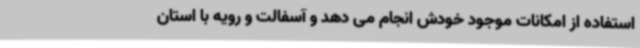
استفاده از امکانات موجود خودش انجام می دهد و آسفالت و رویه با استان